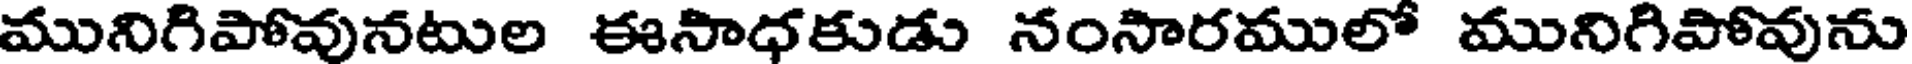
మునిగిపోవునటుల ఈసాధకుడు నంసారములో మునిగిపోవును